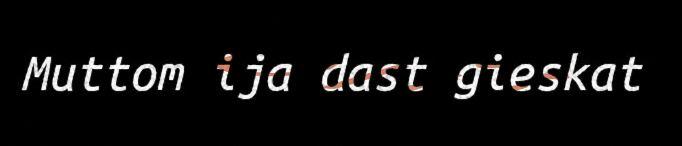
Muttom ija dast gieskat